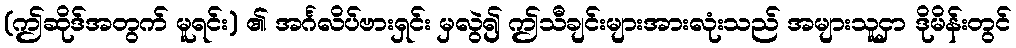
(ဤဆိုဒ်အတွက် မူရင်း) ၏ အင်္ဂလိပ်ဗားရှင်း မှလွဲ၍ ဤသီချင်းများအားလုံးသည် အများသူငှာ ဒိုမိန်းတွင်